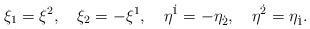
LaTeX: \begin{align*}\xi_{1}=\xi^{2},\quad\xi_{2}=-\xi^{1},\quad\eta^{\dot{1}}=-\eta_{\dot{2}},\quad\eta^{\dot{2}}=\eta_{\dot{1}}.\end{align*}